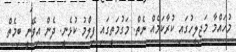
މުހައްމާ މަޖިލީހުގައި ކުރާކަމެއް ނެތް. މަގުމަތީގައި ފިލްމު ކުޅެނީ. ދެން އިވޭނީ ބިމެތް